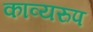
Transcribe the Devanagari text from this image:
काव्यरुप